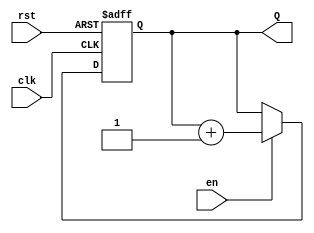
module binary_up_counter (
    input wire clk,        // Clock signal
    input wire rst,        // Active-high reset signal
    input wire en,         // Enable signal
    output reg [N-1:0] Q   // Count output
);
    parameter N = 4; // Number of bits for the counter (e.g., for a 4-bit counter)

    // Synchronous reset and counting
    always @(posedge clk or posedge rst) begin
        if (rst) begin
            Q <= 0; // Reset the counter to 0
        end else if (en) begin
            Q <= Q + 1; // Increment the counter
        end
    end
endmodule